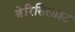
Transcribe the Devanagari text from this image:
बेरिसिलाइट